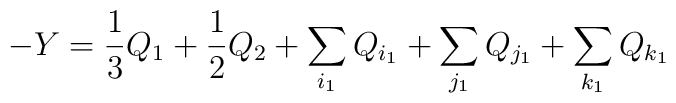
-Y = \frac{1}{3}Q_1 + \frac{1}{2}Q_2 + \sum_{i_1}Q_{i_1} + \sum_{j_1}Q_{j_1}+\sum_{k_1}Q_{k_1}